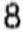
8